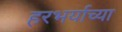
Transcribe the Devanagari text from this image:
हरभर्याच्या